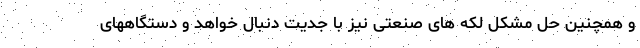
و همچنین حل مشکل لکه های صنعتی نیز با جدیت دنبال خواهد و دستگاههای